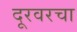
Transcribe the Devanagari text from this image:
दूरवरचा